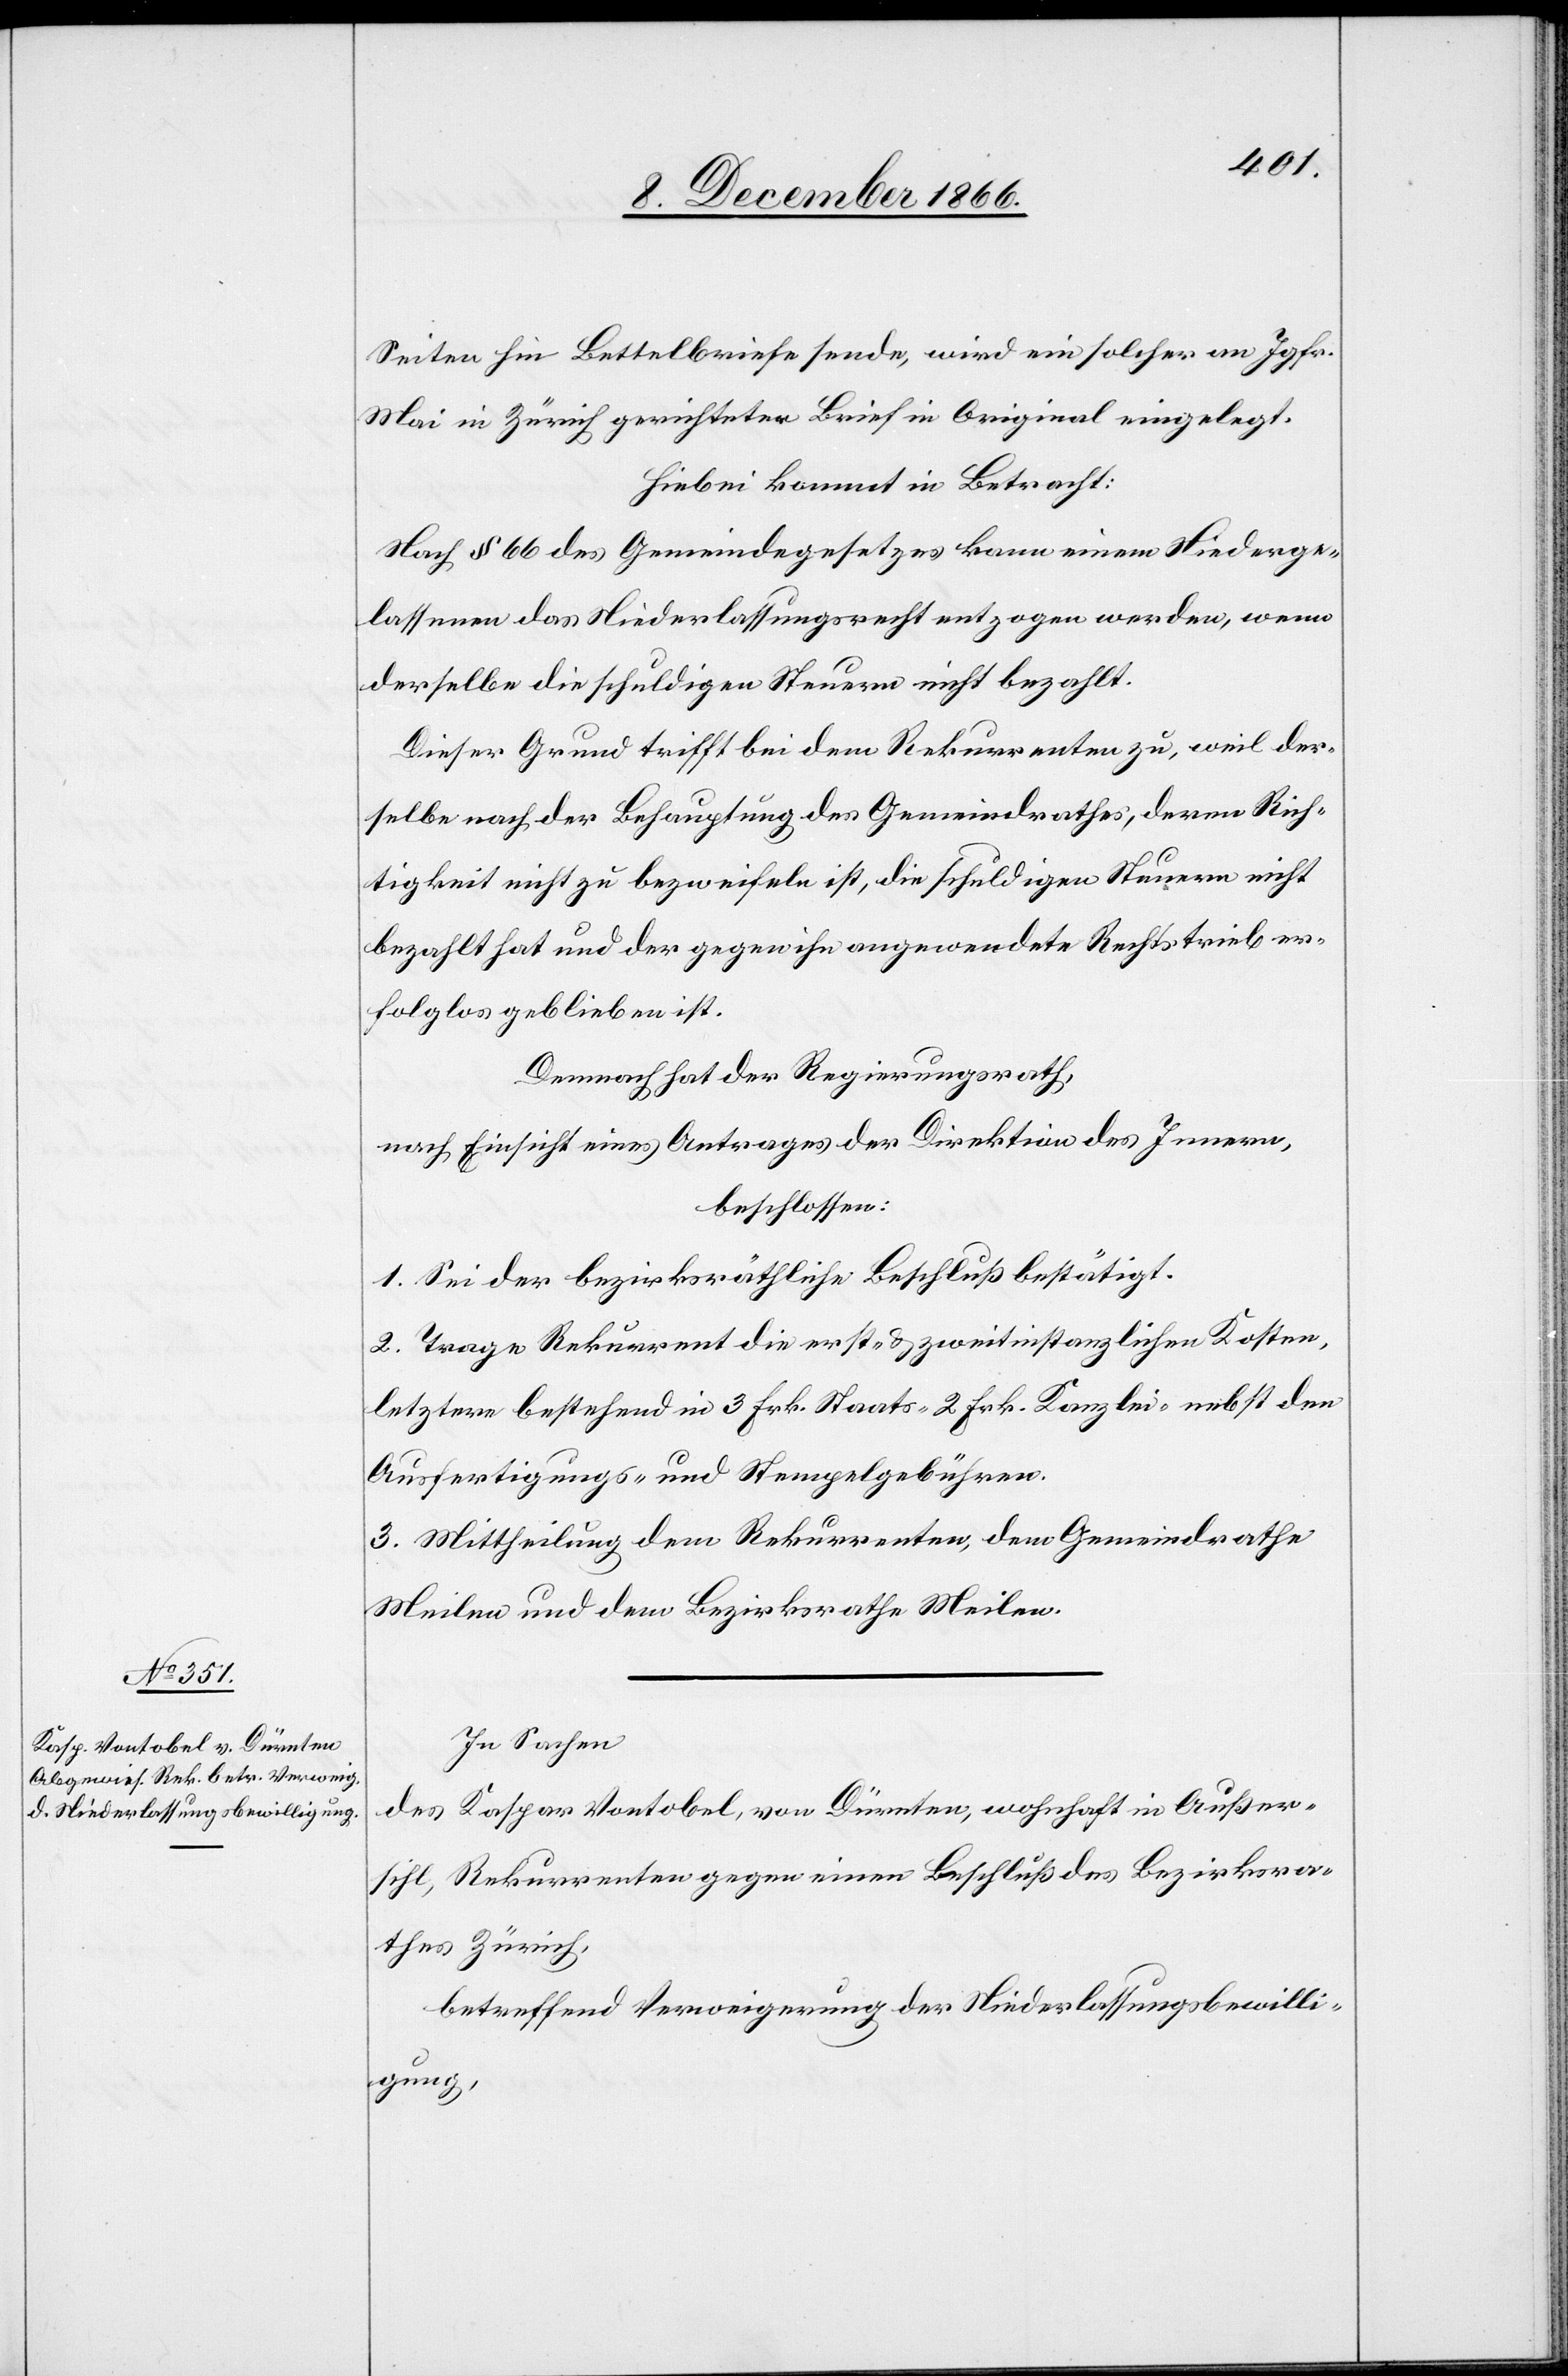
Seiten hin Bettelbriefe sende, wird ein solcher an Jgfr.
Mai in Zürich gerichteter Brief in Original eingelegt.
Hiebei kommt in Betracht:
Nach § 66 des Gemeindegesetzes kann einem Niederge¬
lassenen das Niederlassungsrecht entzogen werden, wenn
derselbe die schuldigen Steuern nicht bezahlt.
Dieser Grund trifft bei dem Rekurrenten zu, weil der¬
selbe nach der Behauptung des Gemeindrathes, deren Rich¬
tigkeit nicht zu bezweifeln ist, die schuldigen Steuern nicht
bezahlt hat und der gegen ihn angewendete Rechtstrieb er¬
folglos geblieben ist.
Demnach hat der Regierungsrath,
nach Einsicht eines Antrages der Direktion des Innern,
beschlossen:
1. Sei der bezirksräthliche Beschluß bestätigt.
2. Trage Rekurrent die erst- & zweitinstanzlichen Kosten,
letztere bestehend in 3 Frk. Staats-[,] 2 Frk. Kanzlei- nebst den
Ausfertigungs- und Stempelgebühren.
3. Mittheilung dem Rekurrenten, dem Gemeindrathe
Meilen und dem Bezirksrathe Meilen.
In Sachen
des Kaspar Vontobel, von Dürnten, wohnhaft in Außer¬
sihl, Rekurrenten gegen einen Beschluß des Bezirksra¬
thes Zürich,
betreffend Verweigerung der Niederlassungsbewilli¬
gung,